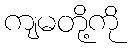
ကျမတို့ကို